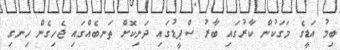
ބިމު އަޑީގެ މަގަކުން ކާރުގައި ބާރު ސްޕީޑުގައި ދަނިކޮށް ތަނބެއްގައި ޖެހިގެން ހިނގި